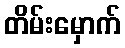
တိမ်းမှောက်